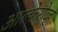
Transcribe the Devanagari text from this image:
आल्फेरोव्ह